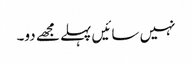
نہیں سائیں پہلے مجھے دو۔